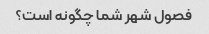
فصول شهر شما چگونه است؟